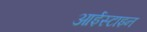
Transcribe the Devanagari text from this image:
आईस्टाइन